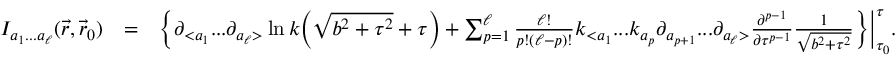
\begin{array} { r l r } { { \cal I } _ { a _ { 1 } . . . a _ { \ell } } ( \vec { r } , \vec { r } _ { 0 } ) } & { = } & { \Big \{ \partial _ { < a _ { 1 } } . . . \partial _ { a _ { \ell } > } \ln k \Big ( { \sqrt { b ^ { 2 } + \tau ^ { 2 } } + \tau } \Big ) + \sum _ { p = 1 } ^ { \ell } \frac { \ell ! } { p ! ( \ell - p ) ! } k _ { < a _ { 1 } } . . . k _ { a _ { p } } \partial _ { a _ { p + 1 } } . . . \partial _ { a _ { \ell } > } \frac { \partial ^ { p - 1 } } { \partial \tau ^ { p - 1 } } \frac { 1 } { \sqrt { b ^ { 2 } + \tau ^ { 2 } } } \Big \} \Big | _ { \tau _ { 0 } } ^ { \tau } . ~ ~ ~ ~ } \end{array}